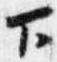
下